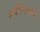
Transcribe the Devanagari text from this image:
भर्तरीनाथांचे